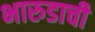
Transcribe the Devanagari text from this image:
भारुडाची